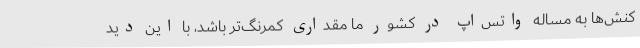
کنش‌ها به مساله واتس‌اپ در کشور ما مقداری کمرنگ‌تر باشد، با این دید